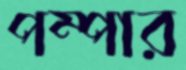
পম্পার